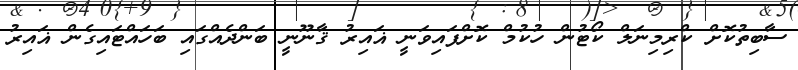
ސާބިތުކޮށް ކްރިމިނަލް ކޯޓުން ހުކުމް ކޮށްފައިވަނީ ޣައިރު ޤާނޫނީ ބަންދެއްގައި ބަހައްޓައިގެން ޣައިރު